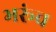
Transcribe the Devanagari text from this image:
भरूंच